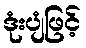
ဒုံးပျံဖြင့်